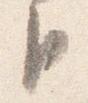
臣